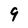
Character: 9